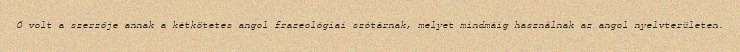
Ő volt a szerzője annak a kétkötetes angol frazeológiai szótárnak, melyet mindmáig használnak az angol nyelvterületen.